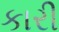
કારી